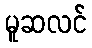
မူဆလင်